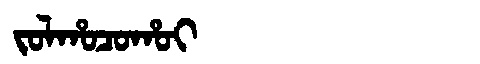
Manchu: ᠵᠣᠯᡥᠣᠴᠣᡥᠣᡳ
Romanization: JOLHOCOHOI